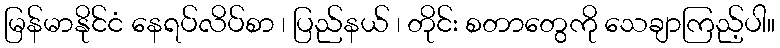
မြန်မာနိုင်ငံ နေရပ်လိပ်စာ ၊ ပြည်နယ် ၊ တိုင်း စတာတွေကို သေချာကြည့်ပါ။